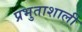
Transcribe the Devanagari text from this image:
प्रभुताशाली